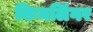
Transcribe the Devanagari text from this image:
किमलिंगर